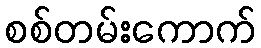
စစ်တမ်းကောက်